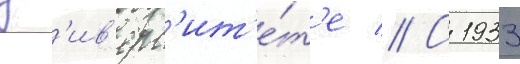
ун'ив'ерс'ит'е́т'е // С 1933